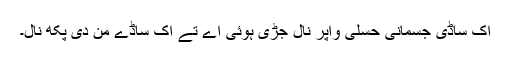
اک ساڈی جسمانی حسلی واپر نال جڑی ہوئی اے تے اک ساڈے من دی پکھ نال۔